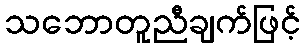
သဘောတူညီချက်ဖြင့်